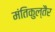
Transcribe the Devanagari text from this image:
मंतिकुल्तैर